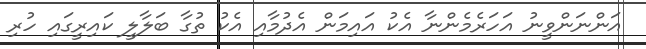
އަންނަންވީނު އަހަރެމެންނާ އެކު އައިމަން އެދުމާއި އެކު ތުގާ ބަލާލީ ކައިރީގައި ހުރި